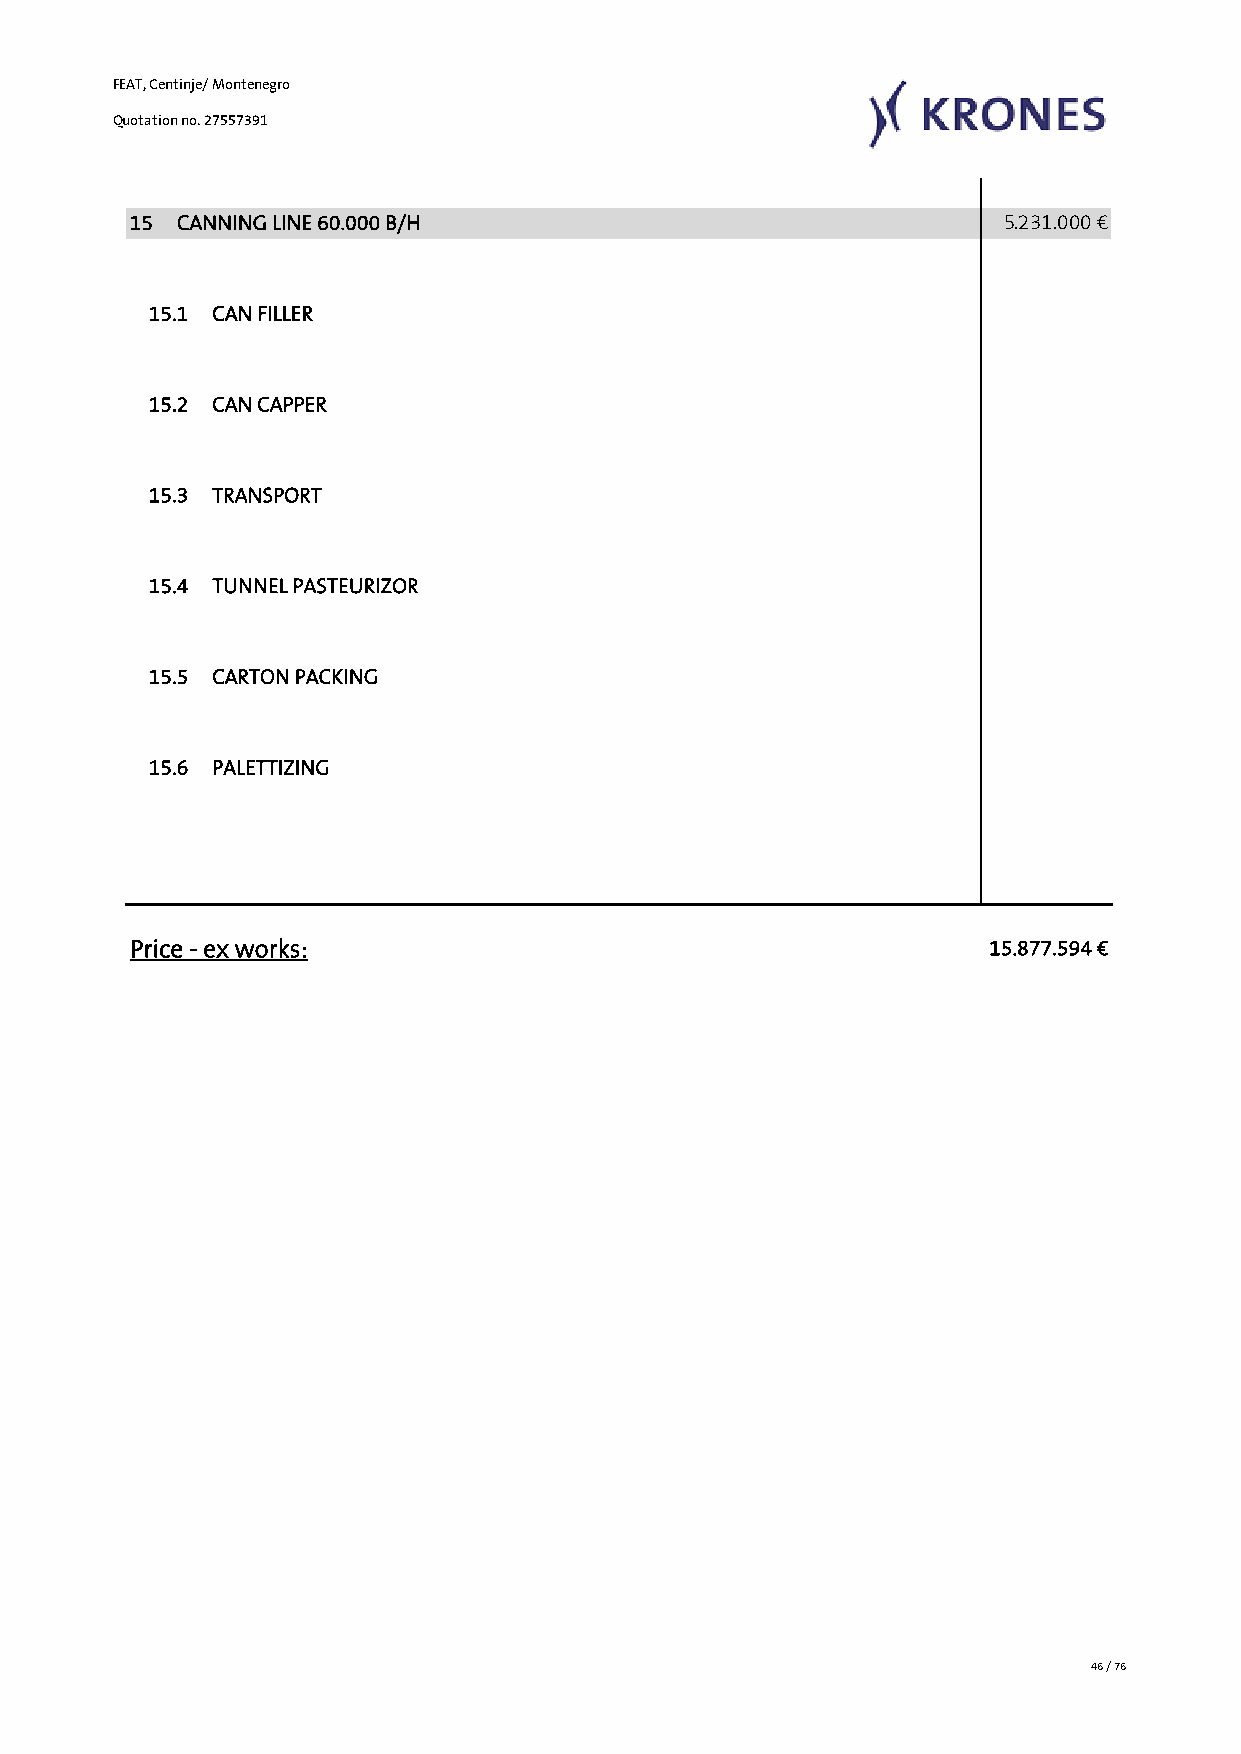
FEAT, Centinje/ Montenegro
 Quotation no. 27557391
 15 CANNING LINE 60.000 B/H                                5.231.000 €
 15.1 CAN FILLER
 15.2 CAN CAPPER
 15.3 TRANSPORT
 15.4 TUNNEL PASTEURIZOR
 15.5 CARTON PACKING
 15.6 PALETTIZING
 Price - ex works:                                        15.877.594 €
 46 / 76